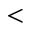
<